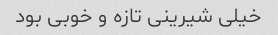
خیلی شیرینی تازه و خوبی بود